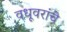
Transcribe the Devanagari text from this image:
वधूवरांचे